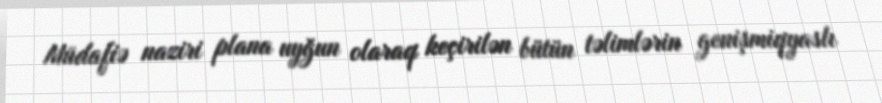
Müdafiə naziri plana uyğun olaraq keçirilən bütün təlimlərin genişmiqyaslı